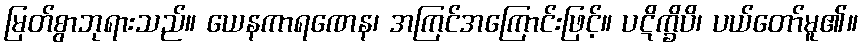
မြတ်စွာဘုရားသည်။ ယေနကာရဏေန၊ အကြင်အကြောင်းဖြင့်။ ပဋိက္ခိပိ၊ ပယ်တော်မူ၏။